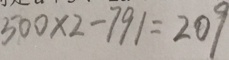
5 0 0 \times 2 - 7 9 1 = 2 0 9